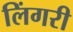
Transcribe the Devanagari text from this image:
लिंगरी